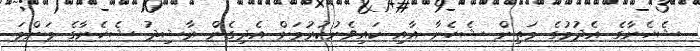
ޝެހެނާގެ އެދުމުގެ މަތިން ޝެހެނާ އާއި ކައިވެނުކުރުމަށް އެދިގެން ރާޝިދު ޝެހެނާގެ މަންމަ